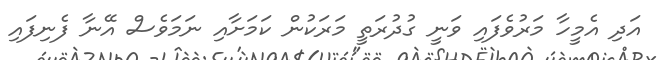
އަދި އެމީހާ މަރުވެފައި ވަނީ ގުދުރަތީ މަރަކުން ކަމަށާއި ނަމަވެސް އޭނާ ފެނިފައި